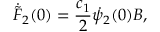
\dot { \tilde { F } } _ { 2 } ( 0 ) = \frac { c _ { 1 } } { 2 } \dot { \psi } _ { 2 } ( 0 ) B ,